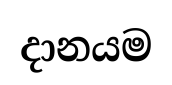
දානයම